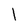
Character: I